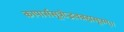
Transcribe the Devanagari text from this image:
कापार्ससूत्रोद्भवब्रह्मसूत्रम्॥